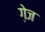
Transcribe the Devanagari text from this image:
गे़ज